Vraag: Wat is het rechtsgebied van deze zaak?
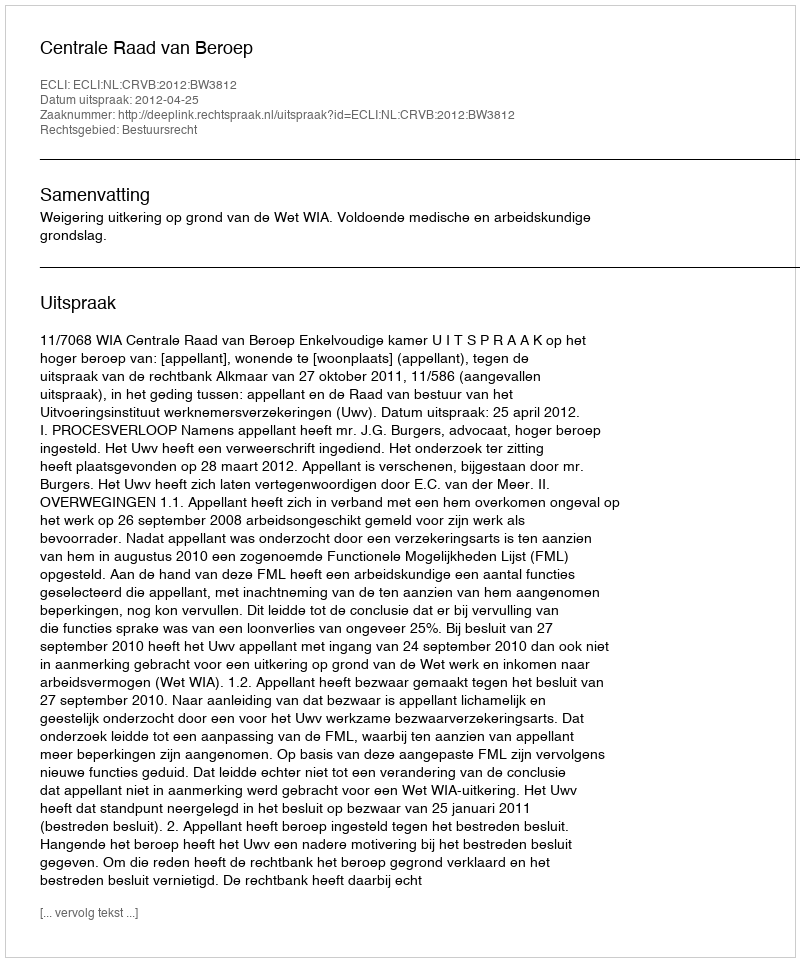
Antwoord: Bestuursrecht